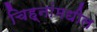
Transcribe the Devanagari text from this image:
चिह्नांमधील